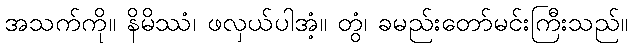
အသက်ကို။ နိမိဿံ၊ ဖလှယ်ပါအံ့။ တွံ၊ ခမည်းတော်မင်းကြီးသည်။